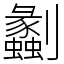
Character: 劙